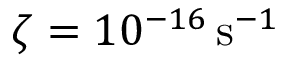
\zeta = 1 0 ^ { - 1 6 } \, \mathrm { s } ^ { - 1 }